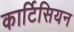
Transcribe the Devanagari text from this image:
कार्टिसियन